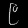
Digit: ၉